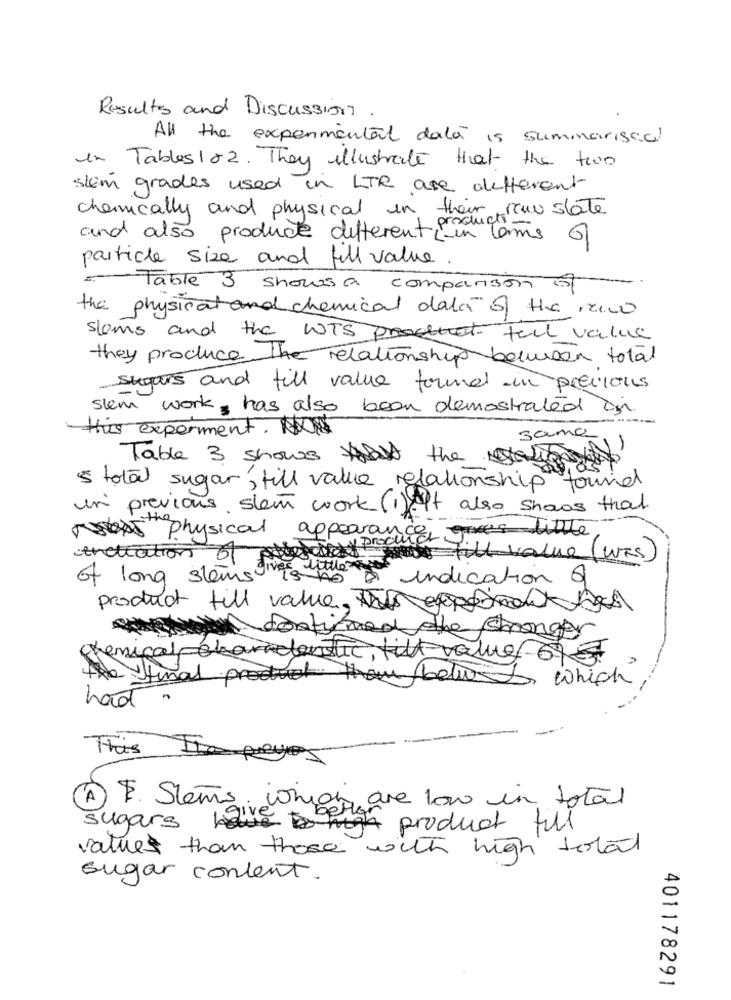
Results and Discussion
All the experimental dalà
is summariscd
in Tables 102. They illustrate that the two
slem grades used in LTR are different
chemically and physical in their rauslate
product -
and also produce different -in Terms of
particle size and full value.
Table 3 shows a comparison of
the physical and chemical data of the new
slems and the WTS full value
they produce the relationship between total
sugars and fill value found in previous
slem work has also been demostrated in
------
this experiment. NO
sama
Table 3 shows toast the Lines
's total sugar, till value relationship
found
un previous stem work (1)At also shows that
the
ross physical appearance little
procura
thettation
pourschicks mise filt value (WAS)
of long stems giver little
indication of
product fill value, the experiment ses
why doatimed the shranger
chemical characterslic, fill value 67€
the final product than belwas
which
had.
This Isa preyes
A) . Stems. which are low in total
sugars be high product full
values than those with high total
sugar content.
401178291